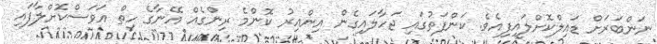
ނަންބަރަށް ޑައިލްކޮށްލައިފިއެވެ. ކަންފަތުގައި ޖަހާލައިގެން އިންއިރު ކޮންމެ ރިންގެއް އޭނާގެ ހިތް އަވަސްކޮށްލާފައި